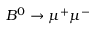
B ^ { 0 } \rightarrow \mu ^ { + } \mu ^ { - }